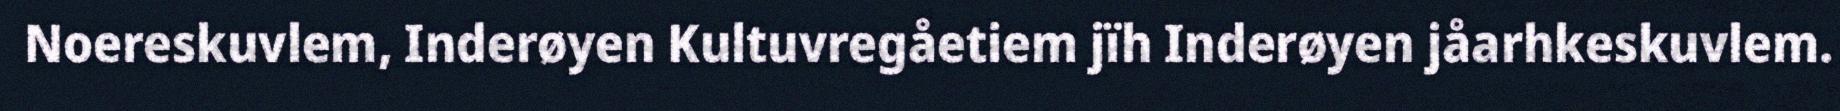
Noereskuvlem, Inderøyen Kultuvregåetiem jïh Inderøyen jåarhkeskuvlem.